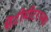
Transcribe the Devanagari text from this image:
सेंटीमीटरच्या